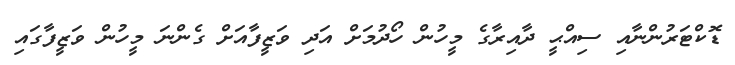
ޑޮކްޓަރުންނާއި ސިއްޙީ ދާއިރާގެ މީހުން ހޯދުމަށް އަދި ވަޒީފާއަށް ގެންނަ މީހުން ވަޒީފާގައި